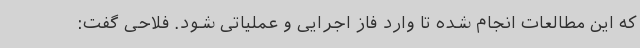
که این مطالعات انجام شده تا وارد فاز اجرایی و عملیاتی شود. فلاحی گفت: